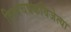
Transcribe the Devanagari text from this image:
विश्वचषकविजेत्या